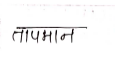
मजकूर: तापमान